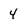
Character: 4